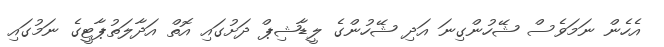
އެހެން ނަމަވެސް ޝޭހުންގިނަ އަދި ޝޭހުންގެ ލީޑާޝިޕް ދަށުގައި އޮތް އަދާލަތުޕާޓީގެ ނަމުގައި